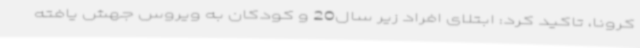
کرونا، تاکید کرد: ابتلای افراد زیر سال20 و کودکان به ویروس جهش یافته